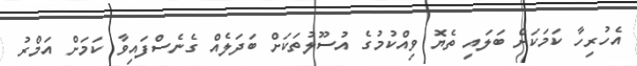
އެހުރިހާ ކަމަކަށް ބަލައި ތެޔޮ ވިއްކުމުގެ އުސޫލުތަކަށް ބަދަލެއް ގެނެސްފައިވާ ކަމަށް އަމްރު